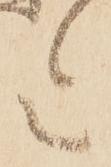
令